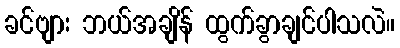
ခင်ဗျား ဘယ်အချိန် ထွက်ခွာချင်ပါသလဲ။